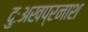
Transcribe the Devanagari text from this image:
दुःअखप्रनाश